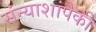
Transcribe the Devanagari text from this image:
संन्याशांपैकी